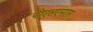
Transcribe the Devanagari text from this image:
पीएसएमएस